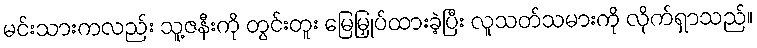
မင်းသားကလည်း သူ့ဇနီးကို တွင်းတူး မြေမြှုပ်ထားခဲ့ပြီး လူသတ်သမားကို လိုက်ရှာသည်။